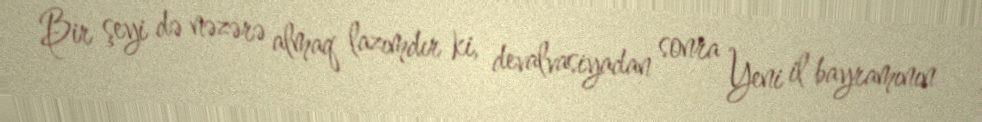
Bir şeyi də nəzərə almaq lazımdır ki, devalvasiyadan sonra Yeni il bayramının